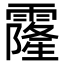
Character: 霳